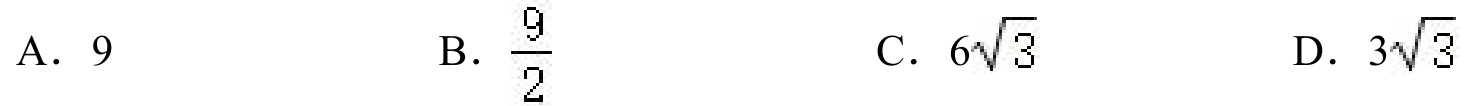
A. \(9\)  B. \(\dfrac{9}{2}\)  C. \(6\sqrt{3}\)  D. \(3\sqrt{3}\)